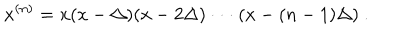
LaTeX: x ^ { ( n ) } = x ( x - \Delta ) ( x - 2 \Delta ) \cdot \cdot \cdot ( x - ( n - 1 ) \Delta ) \ .